Report on the Nagpur School of Medicine, Central Provinces
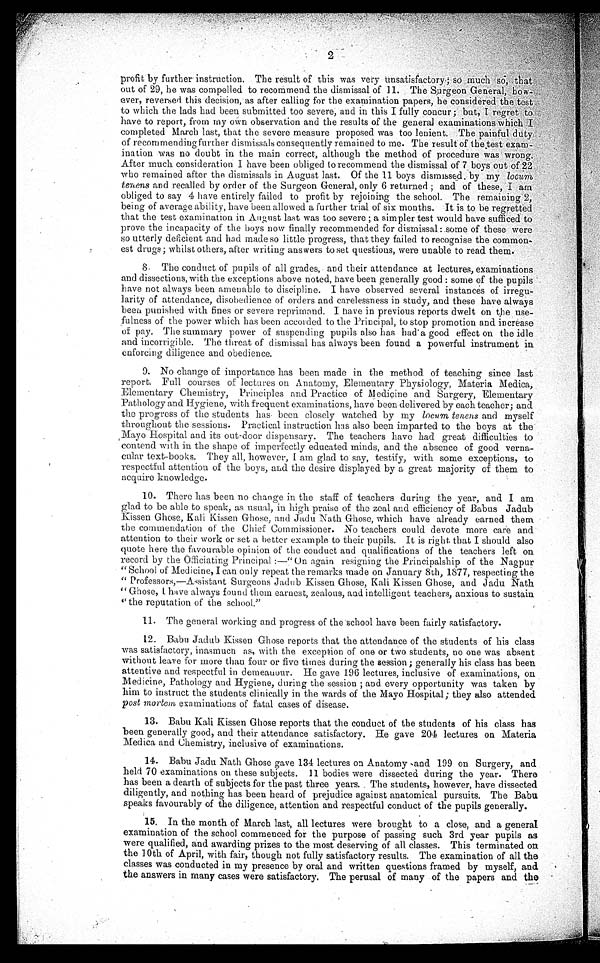
profit by further instruction. The result of this was very insatisfactory; Much so, that
out of 29, he was compelled to recommend the dismissal of 11. The Surgeon General, how-
ever, reversed this •decision, as after calling for the examination papers, he considered the test
to which the lads had been submitted too severe, and in this I fully concur; but, I regret to
have to report, from my own observation and the results of the general examinations which
completed March last, that the severe measure proposed was too lenient. The painful duty
of recommending further dismissals consequently remained to me. The result of
test exam-ination was no doubt in the main correct, although the method of procedure was wrong.
After much consideration I have been obliged to recommend the dismissal of 7 boys out of 22
who remained after the dismissals in August last. Of the 11 boys dismissed, by my locum
tenens and recalled by order of the Surgeon General, only 6 returned; and of these, I
am obliged to say 4 have entirely failed to profit by rejoining the school. The remaining 2,
being of average ability, have been allowed a further trial of six months. It is to be regretted
that the test examination in August last was too severe; a simpler test would have sufficed to
prove the incapacity of the boys now finally recommended for dismissal: some of these were
so utterly deficient and had made so little progress, that they failed to recognise the common-
est drugs; whilst others, after writing answers to set questions, were unable to read them.
8. The conduct of pupils of all grades, and their attendance at lectures, examinations
and dissections, with the exceptions above noted, have been generally good: some of the pupils -
have not always been amenable to discipline. I have observed several instances of irregu-
larity of attendance, disobedience of orders and carelessness in study, and these have always
been punished with fines or severe reprimand. I have in previous reports dwelt on the use-
fulness of the power which has been accorded to the Principal, to stop promotion and increase
of pay. The summary power of suspending pupils also has had a good effect on the idle
and incorrigible. The threat of dismissal has always been found a powerful instrument in
enforcing diligence and obedience.
9. No change of importance has been made in the method of teaching since last
report. Full courses of lectures on Anatomy, Elementary Physiology, Materia Medica,
Elementary Chemistry, Principles and Practice of Medieine and Surgery, Elementary
Pathology and Hygiene, with frequent examinations, have been delivered by each teacher; and
the progress of the students has been closely watched by my locum tenens and myself
throughout the sessions. Practical instruction has also been imparted to the boys at the
, Mayo Hospital and its out-door dispensary. The teachers have had great difficulties to
contend with in the shape of imperfectly educated minds, and the absence of good verna-
cular text-books. They all, however, I am glad to say, testify, with some exceptions, to
respectful attention of the boys, and the desire displayed by a great majority of them to
acquire knowledge.
10. There has been no change in the staff of teachers during the year, and I am
glad to be able to speak, as usual, in high praise of the zeal and efficiency of Babus Jadub
Kissen Ghose, Kali Kissen Ghose, and Jadu Nath Ghose, which have already earned them
the commendation of the Chief Commissioner. No teachers could devote more care and
attention to their work or set a better example to their pupils. It is right that I should also
quote here the favourable opinion of the conduct and qualifications of the teachers left on
record by the Officiating Principal:—"On again resigning the Principalship of the Nagpur
"School of Medicine, I can only repeat the remarks made on January 8th, 1877, respecting the
"Professors,—Assistant Surgeons Jadub Kissen Ghose, Kali Kissen Ghose, and Jadu Nath
"Ghose, I have always found them earnest, zealous, and intelligent teachers, anxious to sustain
"the reputation of the school."
11. The general working and progress of the school have been fairly satisfactory.
12. Babu Jadub Kissen Ghose reports that the attendance of the students of his class
was satisfactory, inasmuch as, with the exception of one or two students, no one was absent
without leave for more than four or five times during the session; generally his class has been
attentive and respectful in demeauour. He gave 196 lectures, inclusive of examinations, on
Medicine, Pathology and Hygiene, during the session; and every opportunity was taken by
him to instruct the students clinically in the wards of the Mayo Hospital; they also attended
post mortem examinations of fatal cases of disease.
13. Babu Kali Kissen Ghose reports that the conduct of the students of his class has
been generally good, and their attendance satisfactory. He gave 204 lectures on Materia
Medica and Chemistry, inclusive of examinations.
14. Babu Jadu Nath Ghose gave 134 lectures on Anatomy and 199 on Surgery, and
held 70 examinations on these subjects. 11 bodies were dissected during the year. There
has been a dearth of subjects for the past three years. The students, however, have dissected
diligently, and nothing has been heard of prejudice against anatomical pursuits. The Babu
speaks favourably of the diligence, attention and respectful conduct of the pupils generally.
15. In the month of March last, all lectures were brought to a close, and a general
examination of the school commenced for the purpose of passing such 3rd year pupils as
were qualified, and awarding prizes to the most deserving of all classes. This terminated on
the 10th of April, with fair, though not fully satisfactory results. The examination of all the
classes was conducted in my presence by oral and written questions framed by myself, and
the answers in many cases were satisfactory. The perusal of many of the papers and the